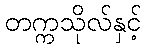
တက္ကသိုလ်နှင့်